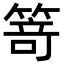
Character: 𥯽